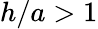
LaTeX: h/a>1